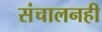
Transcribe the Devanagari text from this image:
संचालनही